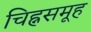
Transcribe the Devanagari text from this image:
चिह्नसमूह